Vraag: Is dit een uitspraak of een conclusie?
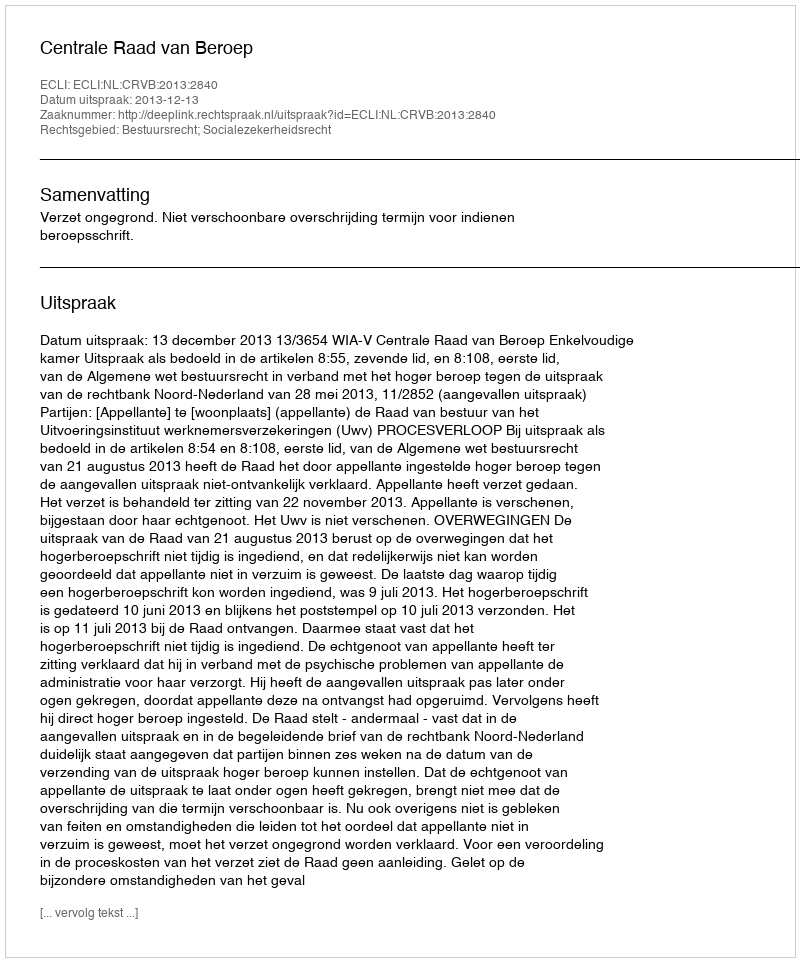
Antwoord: Uitspraak